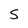
Character: S